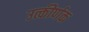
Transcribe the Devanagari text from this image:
उत्कीर्णक